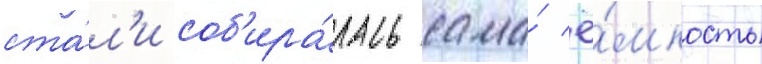
ста́л'и соб'ира́лась сама́ ё́мкость